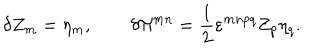
\delta Z _ { m } = \eta _ { m } , \qquad \delta \Pi ^ { m n } = \frac 1 2 \varepsilon ^ { m n p q } Z _ { p } \eta _ { q } .